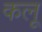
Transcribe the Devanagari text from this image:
कलू